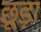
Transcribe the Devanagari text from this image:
छूड़ा